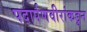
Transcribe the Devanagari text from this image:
पदार्पणवीरांकडून